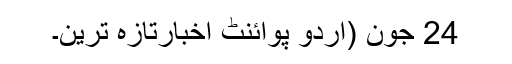
24 جون (اُردو پوائنٹ اخبارتازہ ترین۔